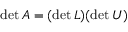
\operatorname* { d e t } A = ( \operatorname* { d e t } L ) ( \operatorname* { d e t } U )